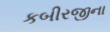
કબીરજીના